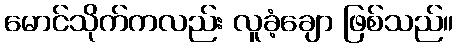
မောင်သိုက်ကလည်း လူခံ့ချော ဖြစ်သည်။